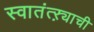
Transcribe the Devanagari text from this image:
स्वातंत्ऱ्याची